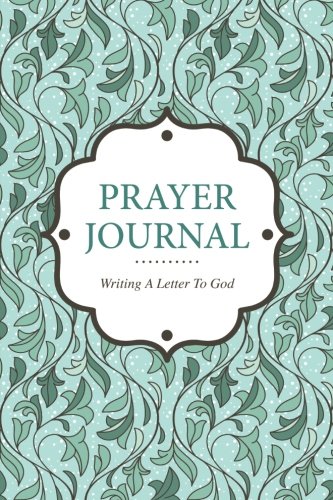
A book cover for Prayer Journal Writing A Letter to God; Speedy Publishing LLC; Religion & Spirituality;